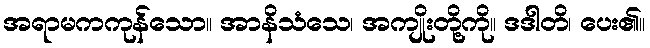
အရာမကကုန်သော။ အာနိသံသေ၊ အကျိုးတို့ကို။ ဒဒါတိ၊ ပေး၏။